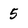
Character: 5